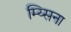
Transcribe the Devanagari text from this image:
म्य्सिना